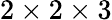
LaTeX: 2\times 2\times 3